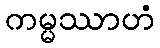
ကမ္မဿာဟံ